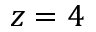
z = 4